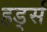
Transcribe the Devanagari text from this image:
हर्ड्स